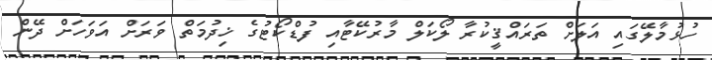
ހުޅުމާލޭގައި އަލަށް ތަަރައްޤީކުރާ ލޯކަލް މާރުކޭޓާއި ފުޑްކޯޓުގެ ޚިދުމަތް ވަރަށް އަވަހަށް ދޭން